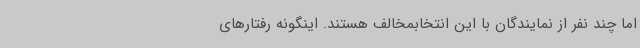
اما چند نفر از نمایندگان با این انتخابمخالف هستند. اینگونه رفتارهای